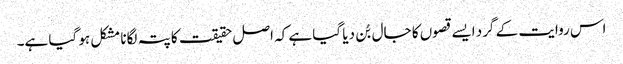
اس روایت کے گرد ایسے قصوں کا جال بُن دیا گیا ہے کہ اصل حقیقت کا پتہ لگانا مشکل ہو گیا ہے۔